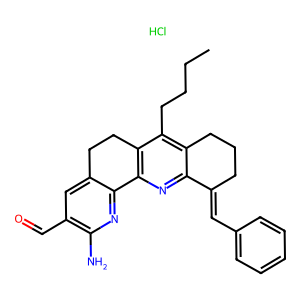
SMILES: CCCCc1c2c(nc3c1CCc1cc(C=O)c(N)nc1-3)C(=Cc1ccccc1)CCC2.Cl
Inhibits HIV replication: No